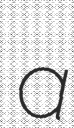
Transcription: a